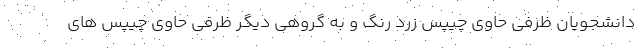
دانشجویان ظرفی حاوی چیپس زرد رنگ و به گروهی دیگر ظرفی حاوی چیپس های